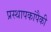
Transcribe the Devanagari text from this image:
प्रस्थापकांपैकी